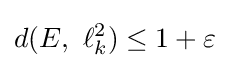
d(E,\ \ell _{k}^{2})\leq 1+\varepsilon